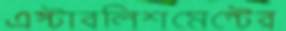
এস্টাবলিশমেন্টের